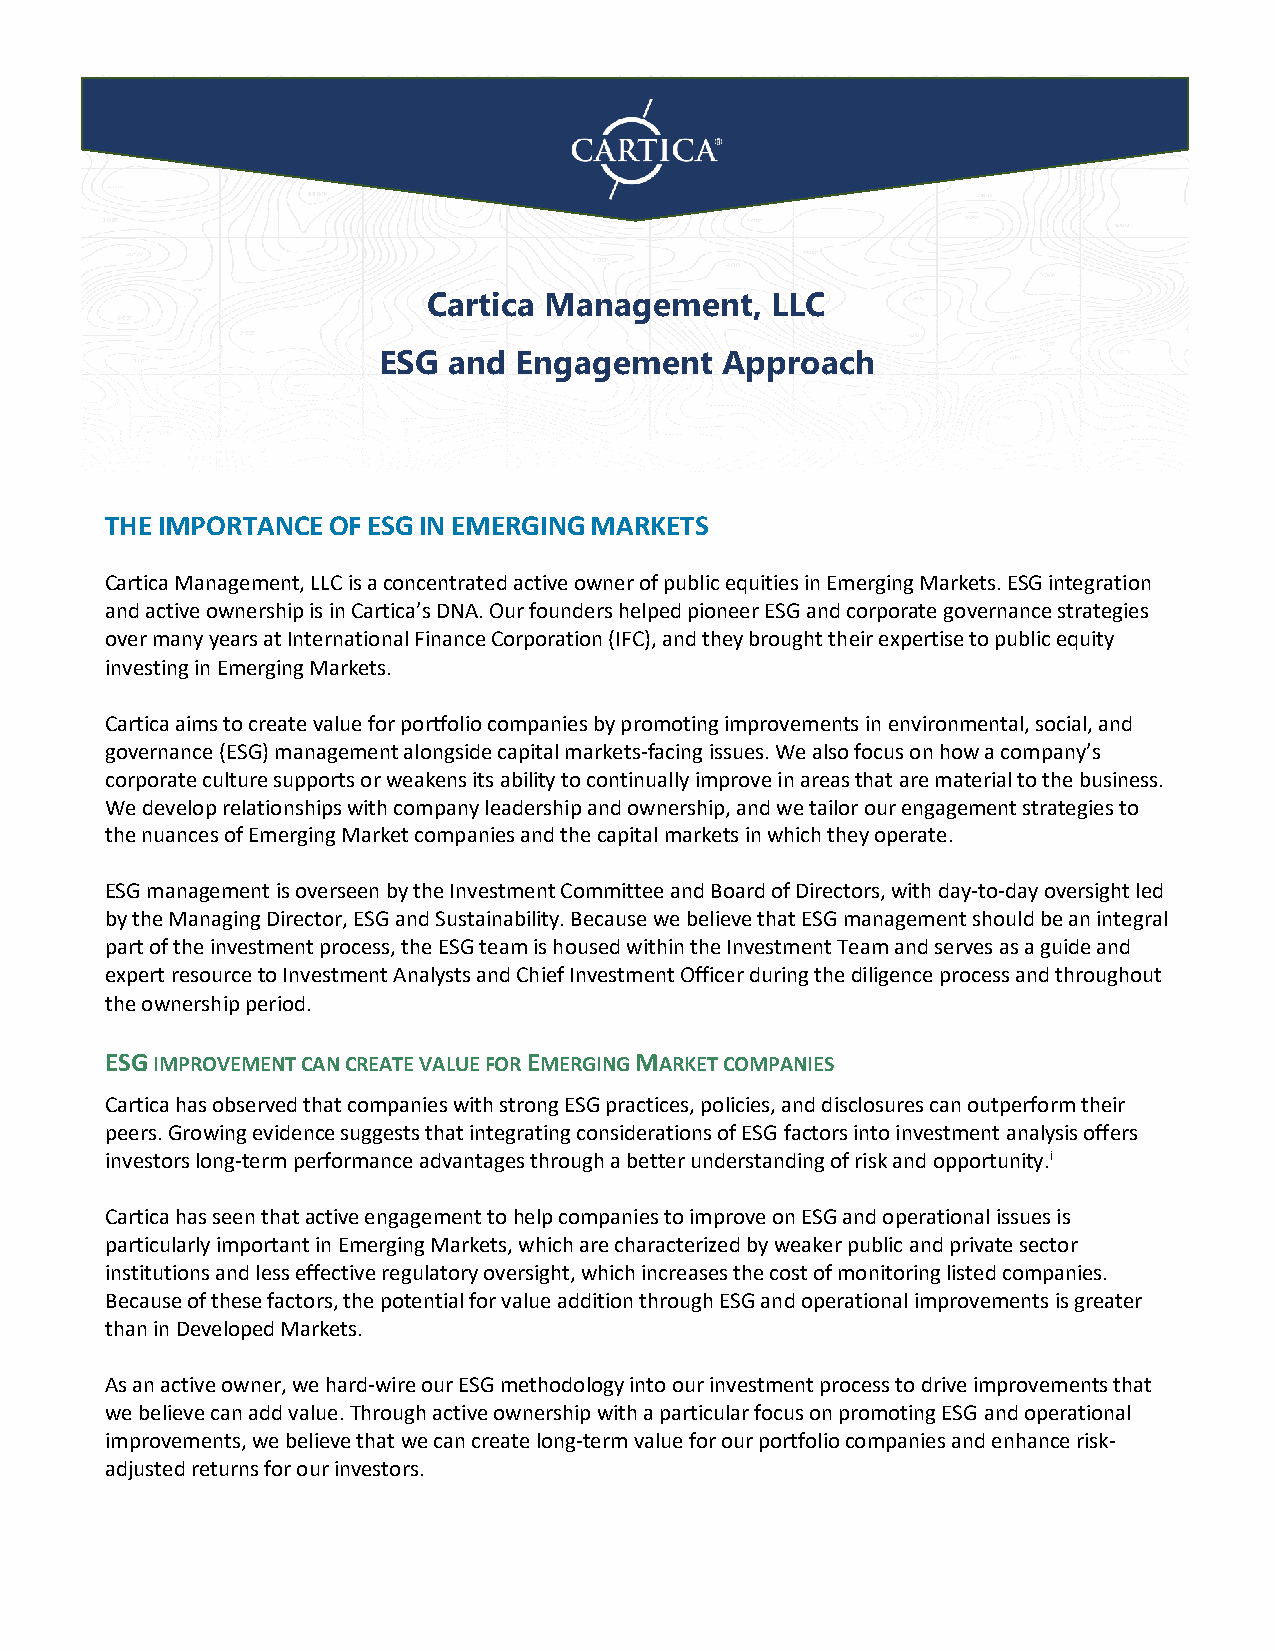
Cartica Management, LLC is a concentrated active owner of public equities in Emerging Markets. ESG integration and active
 ownership is in Cartica’s DNA. Our founders helped pioneer ESG and corporate governance strategies over many years at
 International Finance Corporation (IFC), and they brought their expertise to public equity investing in Emerging Markets.
 Cartica Management,    LLC
 ESG  and Engagement    Approach
 THE IMPORTANCE OF ESG IN EMERGING MARKETS
 Cartica Management, LLC is a concentrated active owner of public equities in Emerging Markets. ESG integration
 and active ownership is in Cartica’s DNA. Our founders helped pioneer ESG and corporate governance strategies
 over many years at International Finance Corporation (IFC), and they brought their expertise to public equity
 investing in Emerging Markets.
 Cartica aims to create value for portfolio companies by promoting improvements in environmental, social, and
 governance (ESG) management alongside capital markets-facing issues. We also focus on how a company’s
 corporate culture supports or weakens its ability to continually improve in areas that are material to the business.
 We develop relationships with company leadership and ownership, and we tailor our engagement strategies to
 the nuances of Emerging Market companies and the capital markets in which they operate.
 ESG management is overseen by the Investment Committee and Board of Directors, with day-to-day oversight led
 by the Managing Director, ESG and Sustainability. Because we believe that ESG management should be an integral
 part of the investment process, the ESG team is housed within the Investment Team and serves as a guide and
 expert resource to Investment Analysts and Chief Investment Officer during the diligence process and throughout
 the ownership period.
 ESG IMPROVEMENT CAN CREATE VALUE FOR EMERGING MARKET COMPANIES
 Cartica has observed that companies with strong ESG practices, policies, and disclosures can outperform their
 peers. Growing evidence suggests that integrating considerations of ESG factors into investment analysis offers
 investors long-term performance advantages through a better understanding of risk and opportunity.i
 Cartica has seen that active engagement to help companies to improve on ESG and operational issues is
 particularly important in Emerging Markets, which are characterized by weaker public and private sector
 institutions and less effective regulatory oversight, which increases the cost of monitoring listed companies.
 Because of these factors, the potential for value addition through ESG and operational improvements is greater
 than in Developed Markets.
 As an active owner, we hard-wire our ESG methodology into our investment process to drive improvements that
 we believe can add value. Through active ownership with a particular focus on promoting ESG and operational
 improvements, we believe that we can create long-term value for our portfolio companies and enhance risk-
 adjusted returns for our investors.